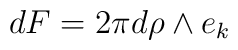
d F = 2\pi d\rho\wedge e_k